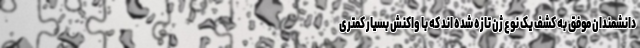
دانشمندان موفق به کشف یک نوع ژن تازه شده اند که با واکنش بسیار کمتری